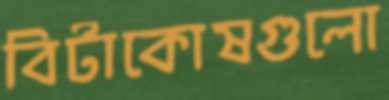
বিটাকোষগুলো